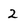
Character: 2